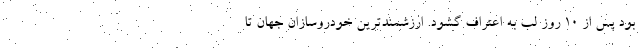
بود پس از ۱۰ روز لب به اعتراف گشود. ارزشمندترین خودروسازان جهان تا